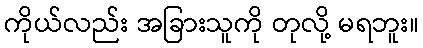
ကိုယ်လည်း အခြားသူကို တုလို့ မရဘူး။